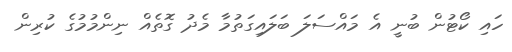
ހައި ކޯޓުން ބުނީ އެ މައްސަލަ ބަލައިގަތުމާ މެދު ގޮތެއް ނިންމުމުގެ ކުރިން